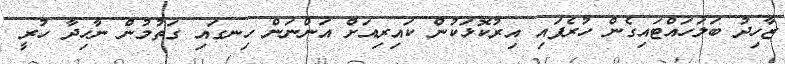
ޒާހިދު ބަލަހައްޓައިގެން ހުރެފައި އިރުކޮޅަކުން ކައިރިއަށް އަންނަން ހިނގައި ގަތުމުން ނާހިދާ ހުރީ